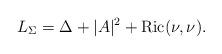
LaTeX: \begin{align*}L_{\Sigma}=\Delta+|A|^2+\mathrm{Ric}(\nu,\nu).\end{align*}